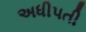
અધીપતી